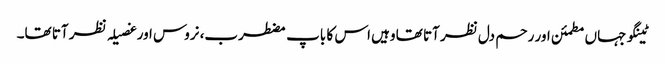
ٹینگو جہاں مطمئن اور رحم دل نظر آتا تھا وہیں اس کا باپ مضطرب، نروس اور غصیلہ نظر آتا تھا۔